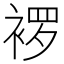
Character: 𬡠